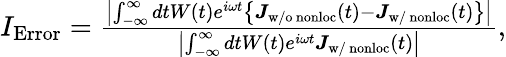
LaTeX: \begin{array}{r}{I_{\mathrm{Error}}=\frac{\left|\int_{-\infty}^{\infty}dtW(t)e^{i\omega t}\left\{ \boldsymbol J_{\mathrm{w/o~nonloc}}(t)-\boldsymbol J_{\mathrm{w/~nonloc}}(t)\right\} \right|}{\left|\int_{-\infty}^{\infty}dtW(t)e^{i\omega t}\boldsymbol J_{\mathrm{w/~nonloc}}(t)\right|},}\end{array}